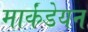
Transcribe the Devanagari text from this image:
मार्कंडेयन